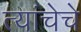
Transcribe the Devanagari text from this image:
त्यांचेचे